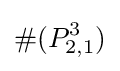
\#(P_{2,1}^{3})